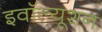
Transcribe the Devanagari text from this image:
इवॉल्यूशन